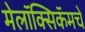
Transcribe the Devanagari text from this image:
मेलॉक्सिकॅमचे